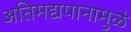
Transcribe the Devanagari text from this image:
अतिमद्यपानामुळे